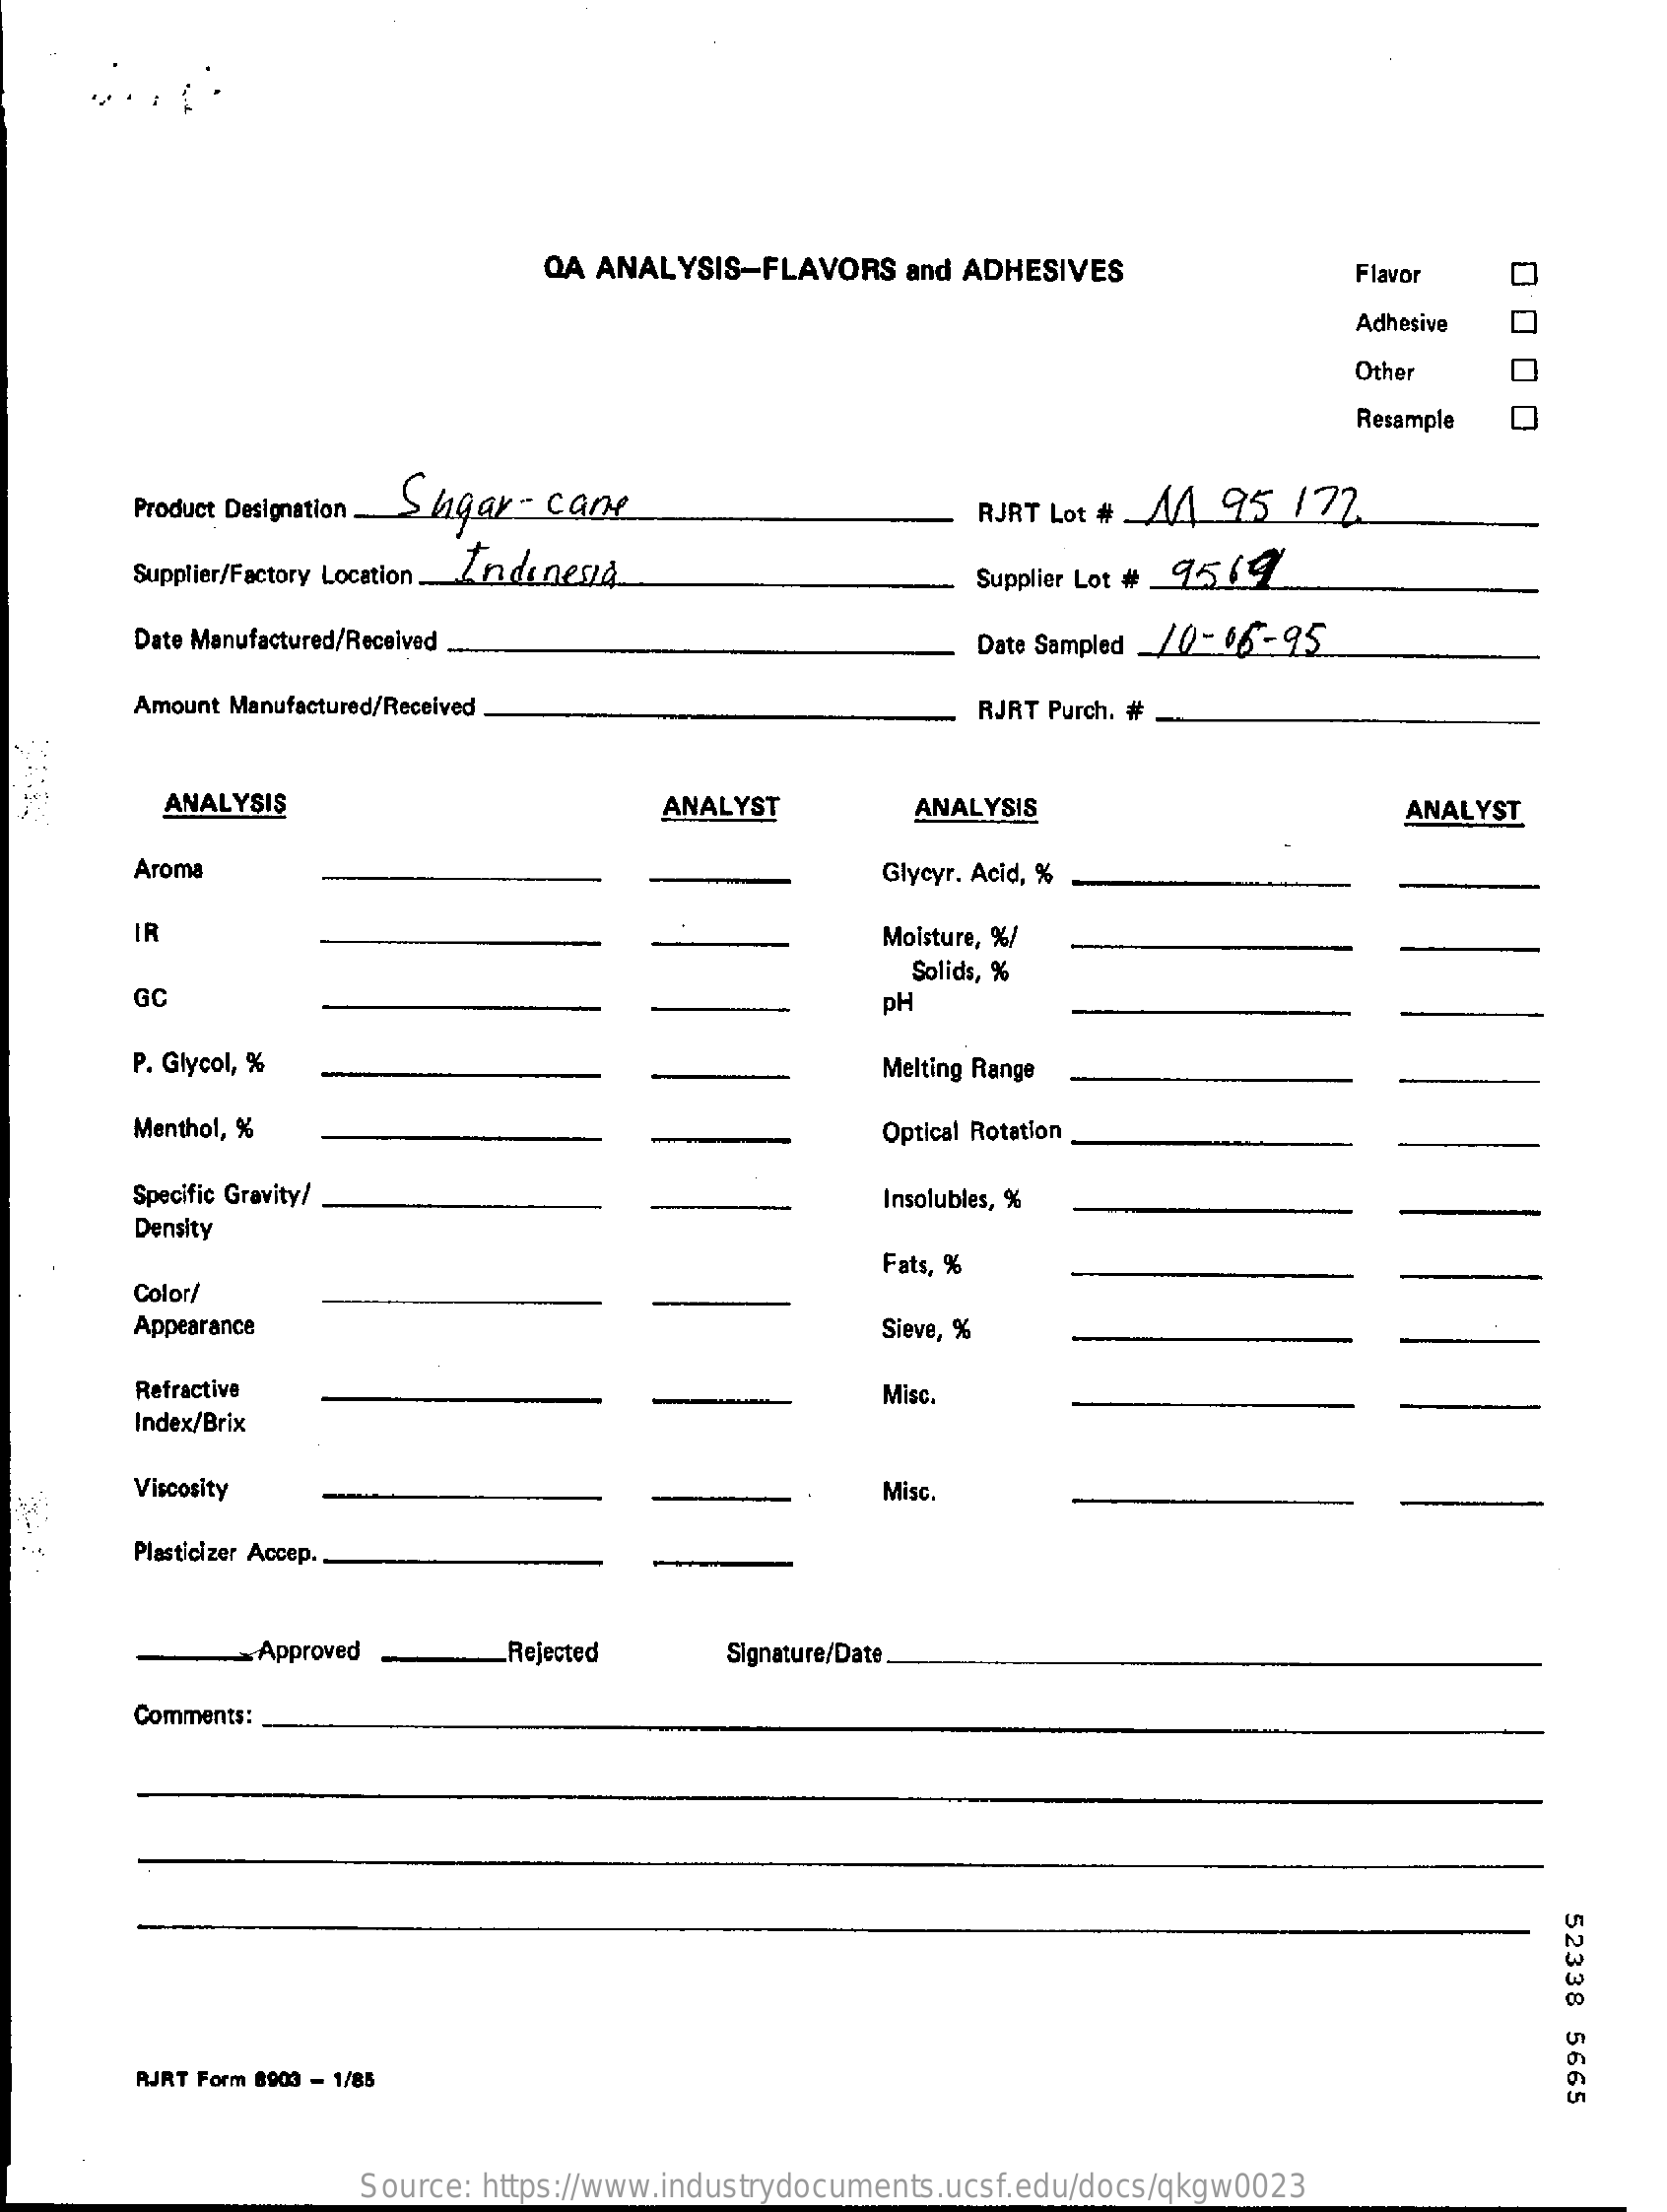
QA ANALYSIS-FLAVORS    and ADHESIVES
     000
     0
     Flavor
     Adhesive
     Other
     Resample
     Product Designation. Sugar - cane    RJRT Lot # _A4 95   172
     Supplier/Factory Location ..... Indonesia    Supplier Lot # 95.64
     Date Manufactured/Received    Date Sampled /0- 06 -95
     Amount Manufactured/Received.    RJRT Purch. #
     ANALYSIS    ANALYST    ANALYSIS    ANALYST
     Aroma    Glycyr. Acid, %
     IR    Moisture, %/
     GC
     Solids, %
     PH
     P. Glycol, %    Melting Range
     Menthol, %    Optical Rotation
     Specific Gravity/    Insolubles, %
     Density
     Fats, %
     Color/
     Appearance    Sieve, %
     Refractive    Misc.
     Index/Brix
     Viscosity    Misc.
     Plasticizer Accep.
     Approved    Rejected    Signature/Date
     Comments:
     52338
     5665
     RJRT Form 8903 - 1/85
     Source: https://www.industrydocuments.ucsf.edu/docs/qkgw0023